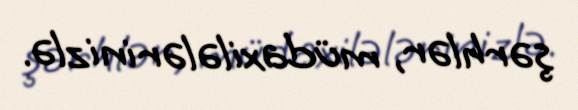
şərhlər, müdaxilələrinizlə.